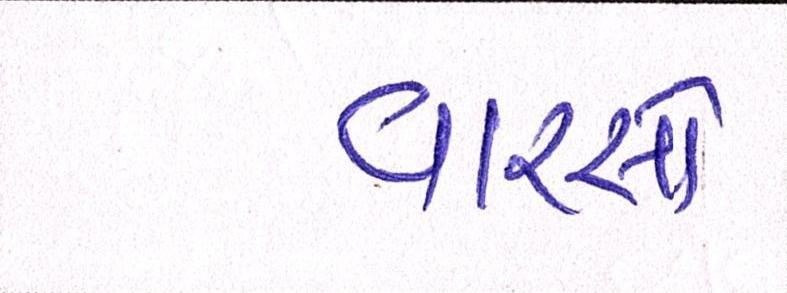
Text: વારસો